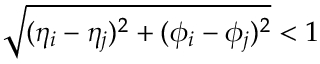
\sqrt { ( \eta _ { i } - \eta _ { j } ) ^ { 2 } + ( \phi _ { i } - \phi _ { j } ) ^ { 2 } } < 1